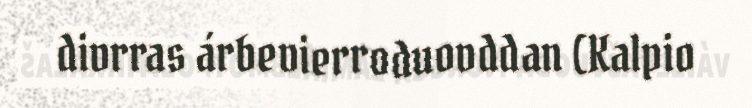
divrras árbevierroduovddan (Kalpio